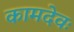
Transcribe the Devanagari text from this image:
कामदेवः